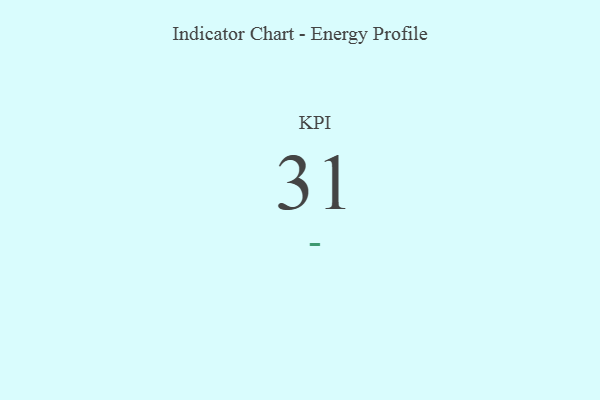
{"axis": {"x": "KPI", "y": "Value"}, "legend": [""], "data": [{"x": "KPI", "y": 31, "type": ""}]}